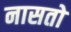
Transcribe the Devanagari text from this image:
नासतो